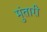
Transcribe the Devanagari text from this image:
मुंतारी